Annual statistical returns and brief notes on vaccination in Bengal - 1896-1909
Year: 1896
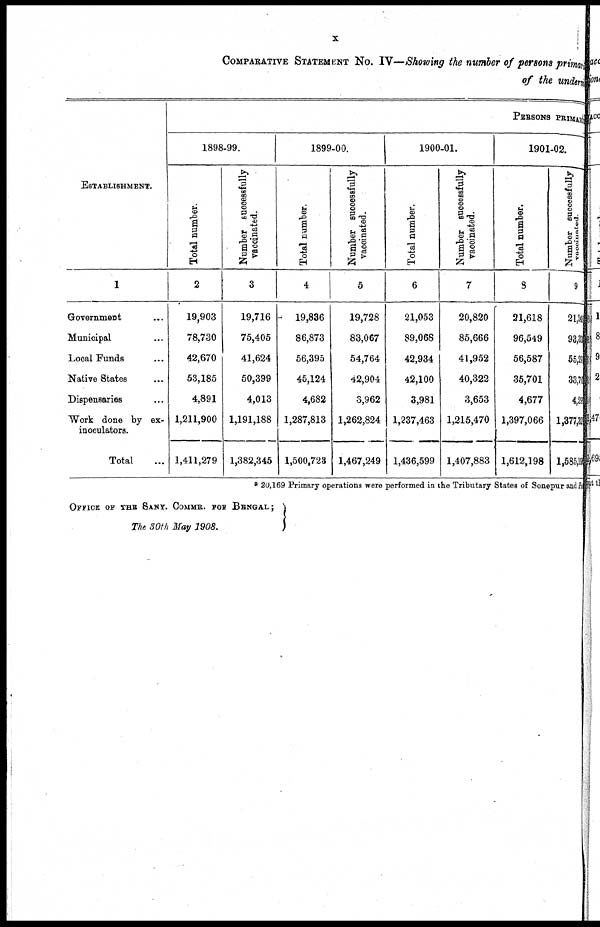
x
COMPARATIVE STATEMENT NO. IV—Showing the number of persons primary
of the underm
ESTABLISHMENT.
1
Government... ... ...
Municipal... ... ...
Local Funds... ...
Native States... ...
Dispensaries... ...
Work done by ex-
inoculators.
Total...
PERSONS PRIMARY
1898-99.
Total number.
2
19,903
78,730
42,670
53,185
4,891
1,211,900
1,411,279
Number successfully
vaccinated.
3
19,716
75,405
41,624
50,399
4,013
1,191,188
1,382,345
1899-00.
Total number.
4
19,836
86,873
56,395
45,124
4,682
1,287,813
1,500,723
Number successfully
vaccinated.
5
19,728
83,067
54,764
42,904
3,962
1,262,824
1,467,249
1900-01.
Total number.
6
21,053
89,068
42,934
42,100
3,981
1,237,463
1,436,599
Number successfully
vaccinated.
7
20,820
85,666
41,952
40,322
3,653
1,215,470
1,407,883
1901-02.
Total number.
8
21,618
96,549
56,587
35,701
4,677
1,397,066
1,612,198
Number successfully
9
21,248
93,32
55,29
33,70
4,29
1,377,32
1,585,19
* 20,169 Primary operations were performed in the Tributary States of Sonepur and
OFFICE OF THE SANY. COMMR. FOR BENGAL;
The 30th May 1908.